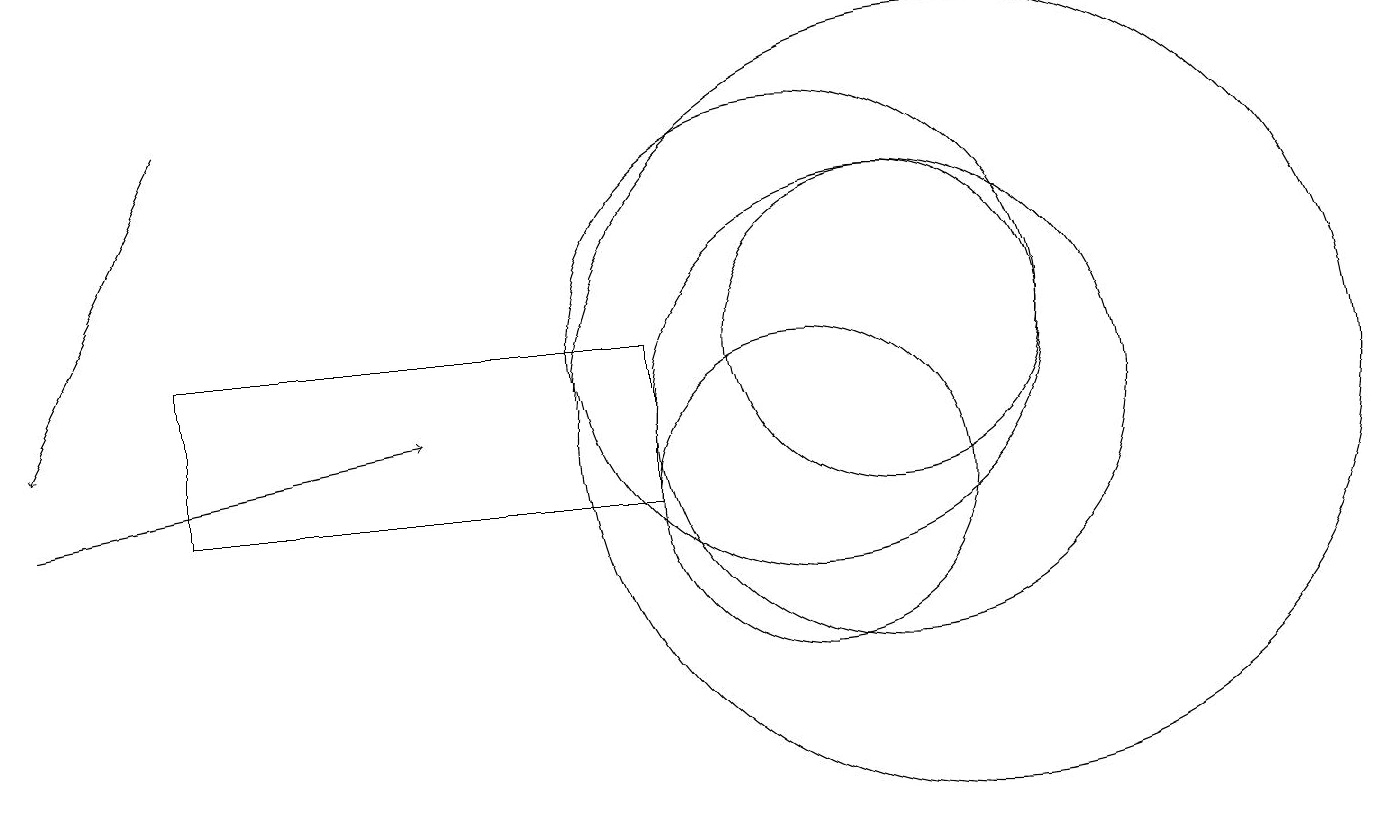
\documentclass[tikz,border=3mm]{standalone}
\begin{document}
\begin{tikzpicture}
\draw (2,12) rectangle (8,10);
\draw (12,11) circle (5);
\draw (10,10) circle (2);
\draw (10,12) circle (3);
\draw (11,11) circle (3);
\draw (11,12) circle (2);
\draw[->] (2,15) -- (0,11);
\draw[->] (0,10) -- (5,11);
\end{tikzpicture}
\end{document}